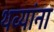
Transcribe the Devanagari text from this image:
थव्यांना